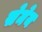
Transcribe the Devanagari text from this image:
सेमेय